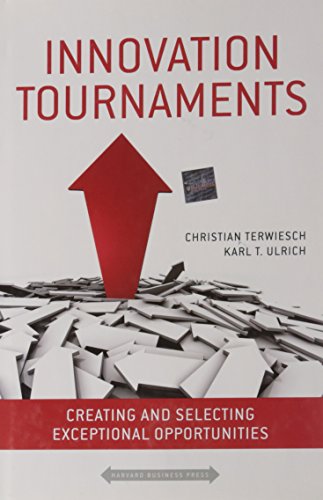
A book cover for Innovation Tournaments: Creating and Selecting Exceptional Opportunities; Christian Terwiesch; Business & Money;